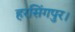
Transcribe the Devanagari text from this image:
हरसिंगपुर।